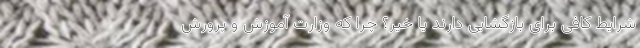
شرایط کافی برای بازگشایی دارند یا خیر؟ چرا که وزارت آموزش و پرورش